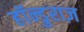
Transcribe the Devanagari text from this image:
हॉन्डुराज़